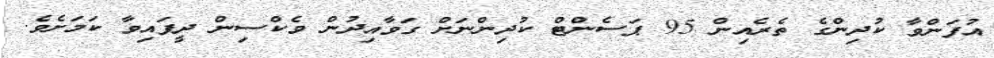
އުފަންވާ ކުދިންގެ ތެރެއިން 95 ޕަސެންޓް ކުދިންނަށް ގަވާއިދުން ވެކްސިން ދީފައިވާ ކަމަށެވެ.